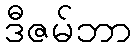
ဒီဇမ်ဘာ